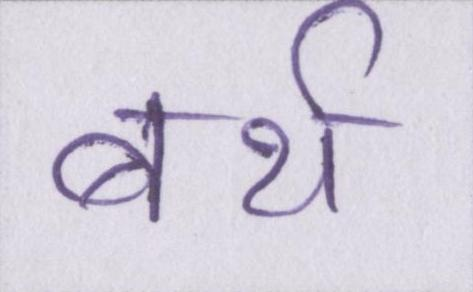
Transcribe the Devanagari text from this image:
बर्थ